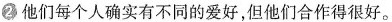
2 他们每个人确实有不同的爱好，但他们合作得很好。